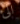
الى